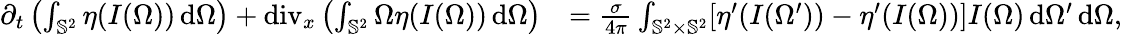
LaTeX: \begin{array}{rl}{\partial_{t}\left(\int_{\mathbb{S}^{2}}\eta(I(\Omega))\, \mathrm{d}\Omega\right)+\operatorname{div}_{x}\left(\int_{\mathbb{S}^{2}}\Omega\eta(I(\Omega))\, \mathrm{d}\Omega\right)}&{=\frac{\sigma}{4\pi}\int_{\mathbb{S}^{2}\times\mathbb{S}^{2}}[\eta^{\prime}(I(\Omega^{\prime}))-\eta^{\prime}(I(\Omega))]I(\Omega)\, \mathrm{d}\Omega^{\prime}\, \mathrm{d}\Omega,}\end{array}